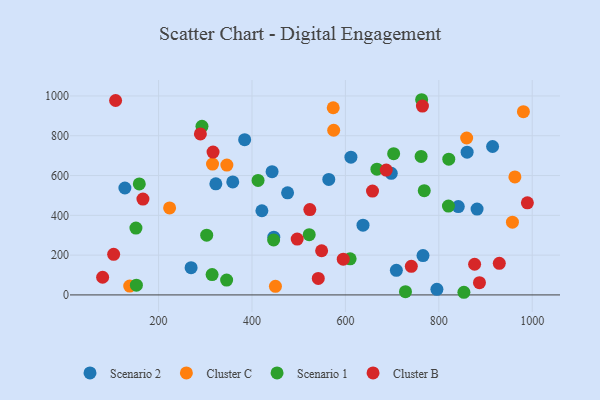
{"axis": {"x": "Engine Size", "y": "Salary"}, "legend": ["Cluster B", "Cluster C", "Scenario 1", "Scenario 2"], "data": [{"x": "841.7", "y": 444.0, "type": "Scenario 2"}, {"x": "127.9", "y": 537.5, "type": "Scenario 2"}, {"x": "269.6", "y": 137.1, "type": "Scenario 2"}, {"x": "611.8", "y": 692.1, "type": "Scenario 2"}, {"x": "564.4", "y": 580.7, "type": "Scenario 2"}, {"x": "795.9", "y": 28.2, "type": "Scenario 2"}, {"x": "881.9", "y": 431.6, "type": "Scenario 2"}, {"x": "476.2", "y": 513.1, "type": "Scenario 2"}, {"x": "446.7", "y": 290.3, "type": "Scenario 2"}, {"x": "860.6", "y": 717.3, "type": "Scenario 2"}, {"x": "443.0", "y": 619.6, "type": "Scenario 2"}, {"x": "358.8", "y": 567.9, "type": "Scenario 2"}, {"x": "915.1", "y": 746.1, "type": "Scenario 2"}, {"x": "698.2", "y": 611.3, "type": "Scenario 2"}, {"x": "709.1", "y": 123.5, "type": "Scenario 2"}, {"x": "384.3", "y": 780.3, "type": "Scenario 2"}, {"x": "766.1", "y": 197.6, "type": "Scenario 2"}, {"x": "421.2", "y": 423.1, "type": "Scenario 2"}, {"x": "637.7", "y": 350.7, "type": "Scenario 2"}, {"x": "322.6", "y": 558.5, "type": "Scenario 2"}, {"x": "450.2", "y": 43.1, "type": "Cluster C"}, {"x": "962.9", "y": 592.9, "type": "Cluster C"}, {"x": "315.5", "y": 657.5, "type": "Cluster C"}, {"x": "573.9", "y": 940.8, "type": "Cluster C"}, {"x": "138.2", "y": 44.4, "type": "Cluster C"}, {"x": "574.9", "y": 827.6, "type": "Cluster C"}, {"x": "223.6", "y": 437.5, "type": "Cluster C"}, {"x": "981.1", "y": 921.1, "type": "Cluster C"}, {"x": "346.2", "y": 652.4, "type": "Cluster C"}, {"x": "957.6", "y": 365.5, "type": "Cluster C"}, {"x": "859.6", "y": 788.7, "type": "Cluster C"}, {"x": "292.9", "y": 847.2, "type": "Scenario 1"}, {"x": "853.7", "y": 13.3, "type": "Scenario 1"}, {"x": "314.6", "y": 102.3, "type": "Scenario 1"}, {"x": "820.6", "y": 446.4, "type": "Scenario 1"}, {"x": "151.5", "y": 336.1, "type": "Scenario 1"}, {"x": "152.5", "y": 49.2, "type": "Scenario 1"}, {"x": "303.0", "y": 300.1, "type": "Scenario 1"}, {"x": "768.8", "y": 524.2, "type": "Scenario 1"}, {"x": "762.1", "y": 696.0, "type": "Scenario 1"}, {"x": "763.2", "y": 981.1, "type": "Scenario 1"}, {"x": "667.5", "y": 632.1, "type": "Scenario 1"}, {"x": "703.3", "y": 709.7, "type": "Scenario 1"}, {"x": "158.7", "y": 558.0, "type": "Scenario 1"}, {"x": "821.3", "y": 682.2, "type": "Scenario 1"}, {"x": "728.6", "y": 16.1, "type": "Scenario 1"}, {"x": "610.1", "y": 181.2, "type": "Scenario 1"}, {"x": "345.7", "y": 74.8, "type": "Scenario 1"}, {"x": "413.0", "y": 575.5, "type": "Scenario 1"}, {"x": "446.3", "y": 276.6, "type": "Scenario 1"}, {"x": "522.5", "y": 302.6, "type": "Scenario 1"}, {"x": "316.6", "y": 717.8, "type": "Cluster B"}, {"x": "887.0", "y": 61.6, "type": "Cluster B"}, {"x": "541.9", "y": 82.7, "type": "Cluster B"}, {"x": "103.8", "y": 204.1, "type": "Cluster B"}, {"x": "741.1", "y": 143.5, "type": "Cluster B"}, {"x": "658.0", "y": 522.2, "type": "Cluster B"}, {"x": "595.4", "y": 179.5, "type": "Cluster B"}, {"x": "523.8", "y": 429.0, "type": "Cluster B"}, {"x": "764.9", "y": 949.3, "type": "Cluster B"}, {"x": "166.5", "y": 481.8, "type": "Cluster B"}, {"x": "687.4", "y": 627.7, "type": "Cluster B"}, {"x": "929.5", "y": 158.7, "type": "Cluster B"}, {"x": "80.2", "y": 88.7, "type": "Cluster B"}, {"x": "876.6", "y": 154.2, "type": "Cluster B"}, {"x": "289.5", "y": 809.1, "type": "Cluster B"}, {"x": "496.8", "y": 280.6, "type": "Cluster B"}, {"x": "549.1", "y": 221.9, "type": "Cluster B"}, {"x": "989.6", "y": 463.1, "type": "Cluster B"}, {"x": "108.0", "y": 977.3, "type": "Cluster B"}]}